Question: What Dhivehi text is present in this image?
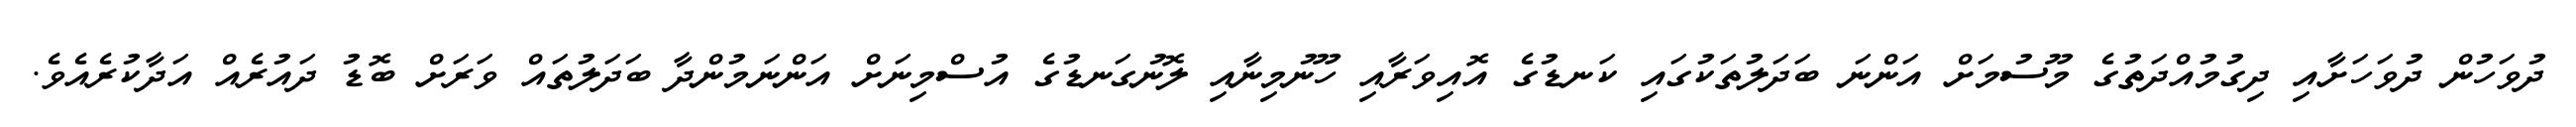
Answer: ދުވަހުން ދުވަހަށާއި ދިގުމުއްދަތުގެ މޫސުމަށް އަންނަ ބަދަލުތަކުގައި ކަނޑުގެ އޮއިވަރާއި ހޫނުމިނާއި ލޮނުގަނޑުގެ އުސްމިނަށް އަންނަމުންދާ ބަދަލުތައް ވަރަށް ބޮޑު ދައުރެއް އަދާކުރެއެވެ.